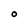
Character: O